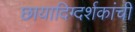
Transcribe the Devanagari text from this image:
छायादिग्दर्शकांची